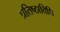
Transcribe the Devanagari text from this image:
प्रतिष्ठाविधि